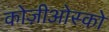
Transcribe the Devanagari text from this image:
कोज़ीओस्को